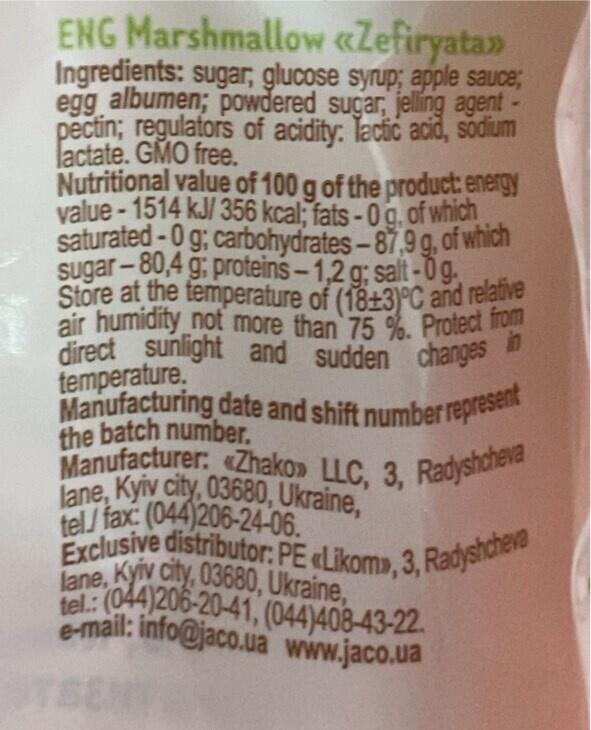
ENG Marshmallow «Zefiryata>> Ingredients: sugar, glucose syrup; apple sauce; egg albumen; powdered sugar, jelling agent pectin; regulators of acidity: Tactic acid, sodium lactate. GMO free.
Nutritional value of 100 g of the product: energy value-1514 kJ/ 356 kcal; fats-0 g, of which saturated-0 g; carbohydrates-87,9 g, of which sugar-80,4 g proteins-1,2 g; salt-0 g. Store at the temperature of (18+3)°C and relative air humidity not more than 75 %. Protect from direct sunlight and sudden changes in
temperature.
Manufacturing date and shift number represent
the batch number.
Manufacturer: «Zhako» LLC, 3, Radyshcheva lane, Kyiv city, 03680, Ukraine, tel/fax: (044)206-24-06. Exclusive distributor: PE «Likom», 3, Radyshcheva lane, Kyiv city, 03680, Ukraine, tel.: (044)206-20-41, (044)408-43-22. e-mail: info@jaco.ua www.jaco.ua